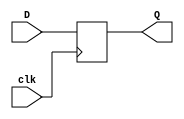
`timescale 1ns / 1ps
//////////////////////////////////////////////////////////////////////////////////
// Company: 
// Engineer: 
// 
// Design Name: 
// Module Name: D_FF
// Project Name: 
// Target Devices: 
// Tool Versions: 
// Description: 
// 
// Dependencies: 
// 
// Revision:
// Revision 0.01 - File Created
// Additional Comments:
// 
//////////////////////////////////////////////////////////////////////////////////


module D_FF(
    input clk, // input clock, slow clock
    input D, //pushbutton
    output reg Q
    //output reg Qbar
    );
    
    always @(posedge clk)
    begin
    Q <= D;
   // Qbar <= !Q;
    end
endmodule